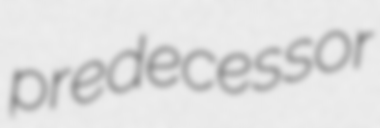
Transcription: predecessor